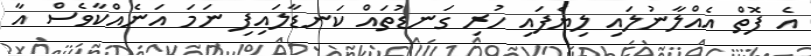
އެ ފޮތް އެއްލާނުލައި ލިޔެފައި ހުރި ގަނޑުތައް ކަނޑާލައިފި ނަމަ އަނެއްކާވެސް އާ